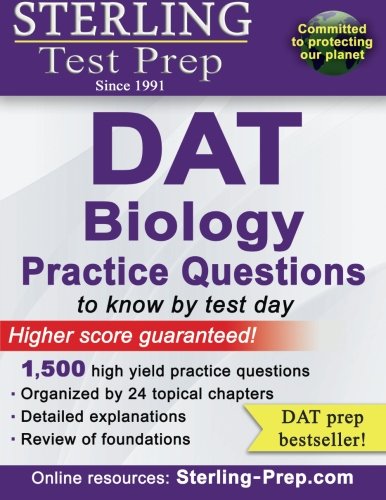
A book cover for Sterling DAT Biology Practice Questions: High Yield DAT Biology Questions; Sterling Test Prep; Test Preparation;